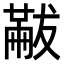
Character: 𠕯